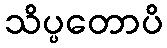
သိပ္ပတောပိ